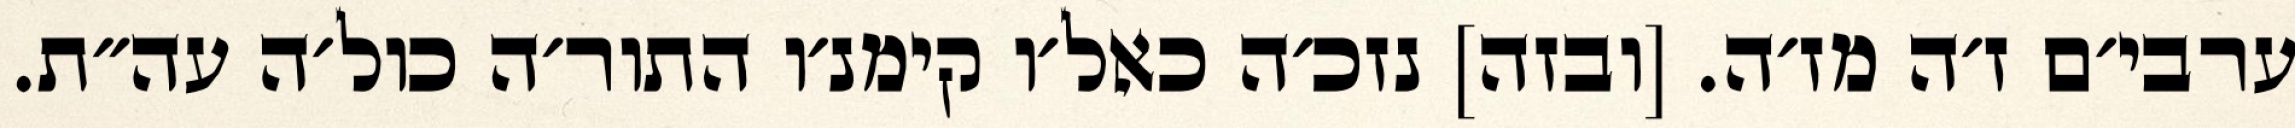
ערבי׳ם ז׳ה מז׳ה. [ובזה] נזכ׳ה כאל׳ו קימנ׳ו התור׳ה כול׳ה עה״ת.